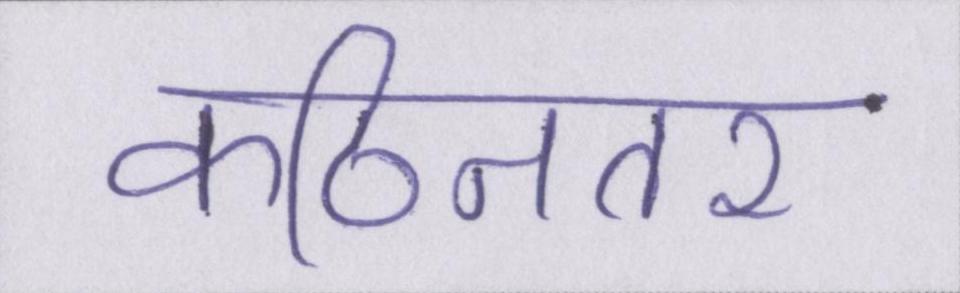
कठिनतर